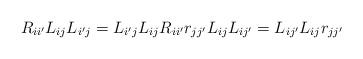
LaTeX: \begin{align*}R_{ii^{\prime }}L_{ij}L_{i^{\prime }j}=L_{i^{\prime }j}L_{ij}R_{ii^{\prime}}r_{jj^{\prime }}L_{ij}L_{ij^{\prime}}=L_{ij^{\prime }}L_{ij}r_{jj^{\prime }} \end{align*}